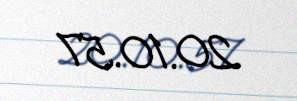
20.10.57